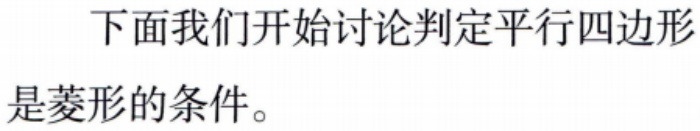
下面我们开始讨论判定平行四边形是菱形的条件。